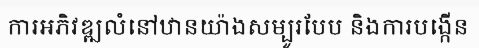
ការអភិវឌ្ឍលំនៅឋានយ៉ាងសម្បូរបែប និងការបង្កើន